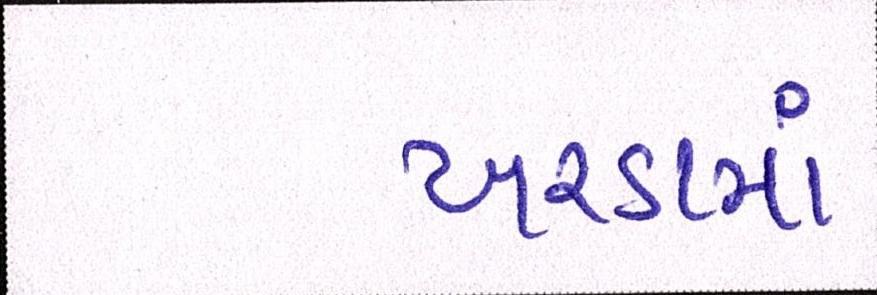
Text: ખરડામાં